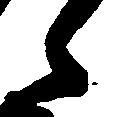
之